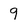
Character: 9